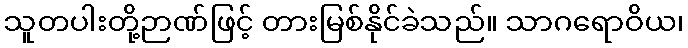
သူတပါးတို့ဉာဏ်ဖြင့် တားမြစ်နိုင်ခဲသည်။ သာဂရောဝိယ၊